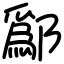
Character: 鄬